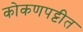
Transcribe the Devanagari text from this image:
कोकणपट्टीत